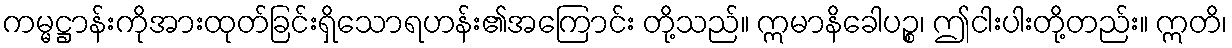
ကမ္မဋ္ဌာန်းကိုအားထုတ်ခြင်းရှိသောရဟန်း၏အကြောင်း တို့သည်။ ဣမာနိခေါပဉ္စ၊ ဤငါးပါးတို့တည်း။ ဣတိ၊